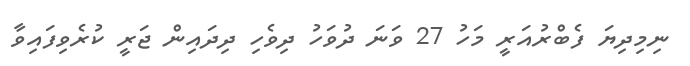
ނިމިދިޔަ ފެބްރުއަރީ މަހު 27 ވަނަ ދުވަހު ދިވެހި ދިދައިން ޖަރީ ކުރެވިފައިވާ